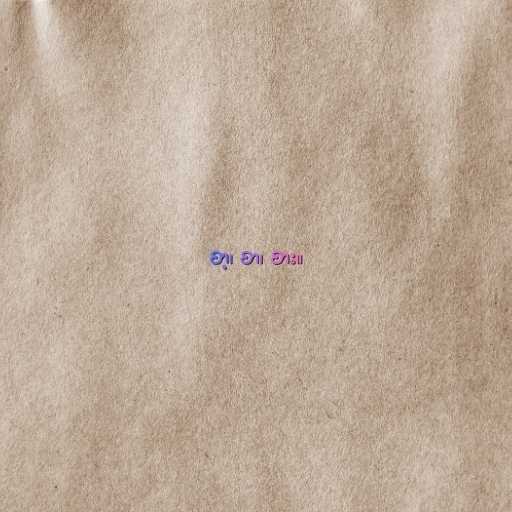
စာ့၊ စာ၊ စား။